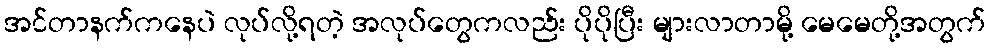
အင်တာနက်ကနေပဲ လုပ်လို့ရတဲ့ အလုပ်တွေကလည်း ပိုပိုပြီး များလာတာမို့ မေမေတို့အတွက်